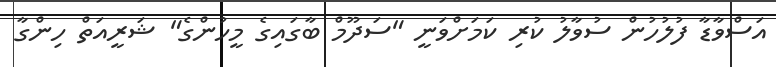
އަސްވާޑާ ފުލުހުން ސުވާލު ކުރި ކަމަށްވަނީ "ސަދޫމް ބާގައިގެ މީހުންގެ" ޝަރީއަތް ހިންގާ